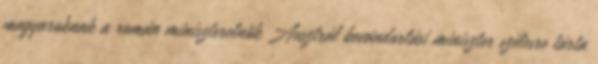
magyaroknak a román miniszterelnök Ausztrál bevándorlási miniszter szélesre tárta